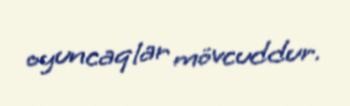
oyuncaqlar mövcuddur.